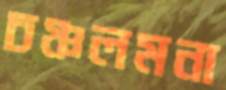
চঞ্চলমনা